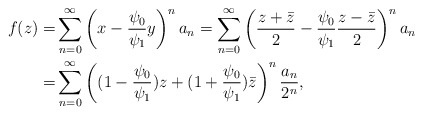
\begin{align*}f(z)= & \sum_{n=0}^{\infty}\left( x - \frac{ \psi_0}{\psi_1} y \right)^n a_n = \sum_{n=0}^{\infty}\left( \frac{z +\bar z}{2} - \frac{ \psi_0}{\psi_1} \frac{z -\bar z}{2} \right)^n a_n \\= & \sum_{n=0}^{\infty}\left( (1 - \frac{ \psi_0}{\psi_1} ) z + (1 + \frac{ \psi_0}{\psi_1} ) \bar z \right)^n \frac{ a_n}{2^n}, \end{align*}